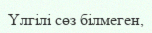
Үлгілі сөз білмеген,